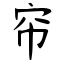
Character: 帘